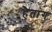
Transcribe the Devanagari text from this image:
हैतांग